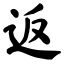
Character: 返